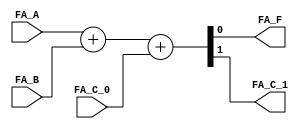
`timescale 1ns / 1ps
//////////////////////////////////////////////////////////////////////////////////
// Company: 
// Engineer: 
// 
// Design Name: 
// Module Name:    FULL_ADDER 
// Project Name: 
// Target Devices: 
// Tool versions: 
// Description: 
//
// Dependencies: 
//
// Revision: 
// Revision 0.01 - File Created
// Additional Comments: 
//
//////////////////////////////////////////////////////////////////////////////////
module FULL_ADDER(
	input	FA_A,
	input	FA_B,
	input	FA_C_0,
	output	FA_F,
	output	FA_C_1
    );
	
	assign {FA_C_1, FA_F} = FA_A + FA_B + FA_C_0;

endmodule